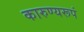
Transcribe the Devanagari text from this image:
कारुण्यरूपं